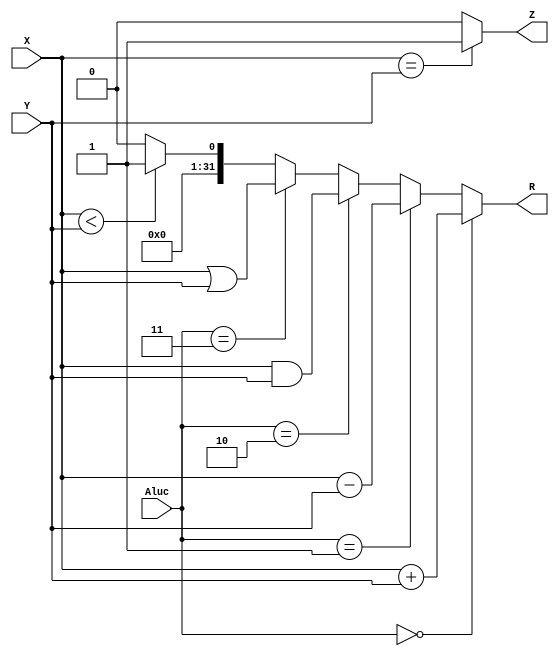
module ALU(Aluc, X, Y, Z, R);

  input [2:0] Aluc;
  input [31:0] X,Y;
  output Z;
  output [31:0] R;
  assign Z = (X == Y) ? 1'b1 : 1'b0;
  assign R = (Aluc == 3'd0) ? X+Y : ((Aluc == 3'd1) ? X-Y : (Aluc == 3'd2) ? X&Y : (Aluc == 3'd3) ? X|Y : (X < Y) ? 32'd1 : 32'd0);
  
endmodule